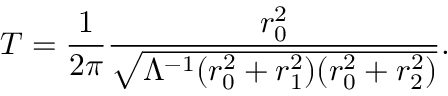
T = \frac { 1 } { 2 \pi } \frac { r _ { 0 } ^ { 2 } } { \sqrt { \Lambda ^ { - 1 } ( r _ { 0 } ^ { 2 } + r _ { 1 } ^ { 2 } ) ( r _ { 0 } ^ { 2 } + r _ { 2 } ^ { 2 } ) } } .